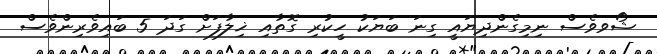
ޝޯވވެސް ނިމިގެންދިޔައީ ގިނަ ބަޔަކު ހީކުރި ގޮތާއި ޚިލާފަށް ގަދަ 5 ބައިވެރިންވެސް